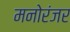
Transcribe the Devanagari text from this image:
मनोरंजर